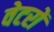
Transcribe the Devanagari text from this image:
वेटरों